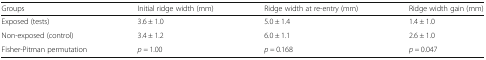
| Groups | Initial ridge width (mm) | Ridge width at re-entry (mm) | Ridge width gain (mm) |
 | --- | --- | --- | --- |
 | Exposed (tests) | 3.6 ± 1.0 | 5.0 ± 1.4 | 1.4 ± 1.0 |
 | Non-exposed (control) | 3.4 ± 1.2 | 6.0 ± 1.1 | 2.6 ± 1.0 |
 | Fisher-Pitman permutation | p = 1.00 | p = 0.168 | p = 0.047 |